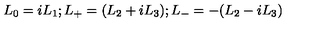
L _ { 0 } = i L _ { 1 } ; L _ { + } = ( L _ { 2 } + i L _ { 3 } ) ; L _ { - } = - ( L _ { 2 } - i L _ { 3 } )